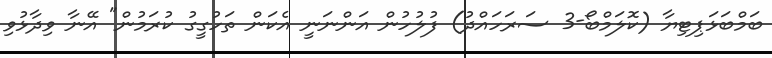
ބަމްބަޅަޕިޓިޔާ (ކޮލަމްބޯ-3 ސަރަހައްދު) ފުލުހުން އަންނަނީ އެކަން ތަހުގީގު ކުރަމުން" އޭނާ ވިދާޅުވި